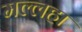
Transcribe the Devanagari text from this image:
मल्लहा